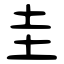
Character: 圭